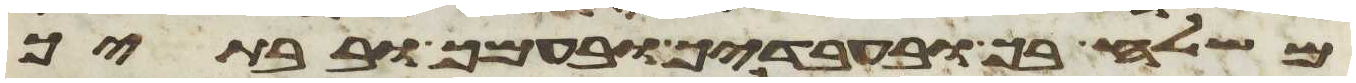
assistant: משלח בך ובעבדיך ובעמך ובבתיך